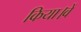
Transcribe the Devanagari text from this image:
किया।वें